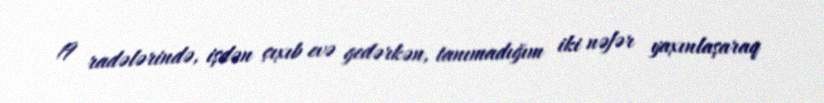
19 radələrində, işdən çıxıb evə gedərkən, tanımadığım iki nəfər yaxınlaşaraq